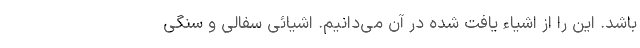
باشد. این را از اشیاء یافت شده در آن می‌دانیم. اشیائی سفالی و سنگی